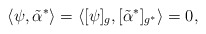
\begin{align*}\langle \psi, \tilde{\alpha}^* \rangle= \langle [\psi]_g , [\tilde{\alpha}^*]_{g^*} \rangle = 0 ,\end{align*}